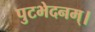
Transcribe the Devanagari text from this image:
पुटभेदनम्।